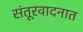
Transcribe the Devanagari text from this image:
संतूरवादनात